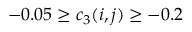
- 0 . 0 5 \geq c _ { 3 } ( i , j ) \geq - 0 . 2